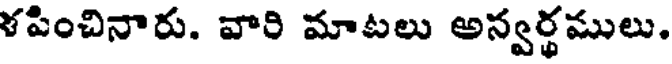
ళపించినారు. వారి మాటలు అన్వర్థములు.